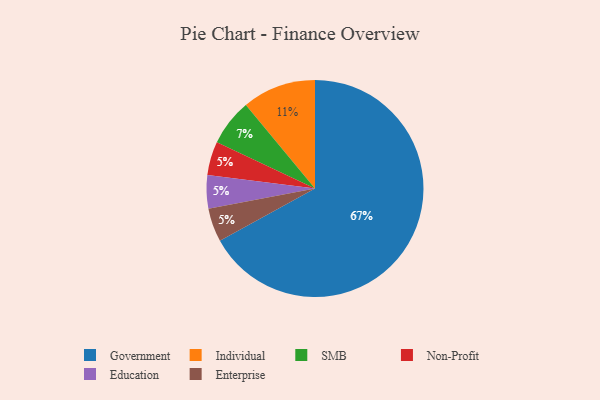
{"axis": {"x": "Category", "y": "Percentage"}, "legend": ["Education", "Enterprise", "Government", "Individual", "Non-Profit", "SMB"], "data": [{"x": "Non-Profit", "y": 5, "type": "Non-Profit"}, {"x": "Education", "y": 5, "type": "Education"}, {"x": "SMB", "y": 7, "type": "SMB"}, {"x": "Government", "y": 67, "type": "Government"}, {"x": "Enterprise", "y": 5, "type": "Enterprise"}, {"x": "Individual", "y": 11, "type": "Individual"}]}